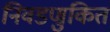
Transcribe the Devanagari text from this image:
निवडणुकित